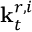
\mathbf { k } _ { t } ^ { r , i }